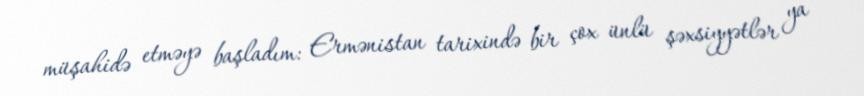
müşahidə etməyə başladım: Ermənistan tarixində bir çox ünlü şəxsiyyətlər ya